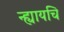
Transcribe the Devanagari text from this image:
न्ह्यायचि